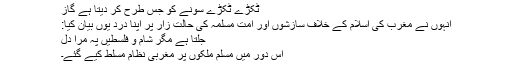
ٹکڑے ٹکڑے سونے کو جس طرح کر دیتا ہے گاز
انہوں نے مغرب کی اسلام کے خلاف سازشوں اور امت مسلمہ کی حالت زار پر اپنا درد یوں بیان کیا:
جلتا ہے مگر شام و فلسطیں پہ مرا دل
اس دور میں مسلم ملکوں پر مغربی نظام مسلط کیے گئے۔